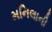
મનિલાની